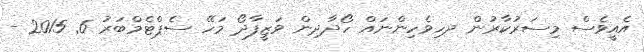
އެއީވެސް މިސަރުކާރުން ދހިވެހިންނައް ހޯދާދިން ވަޒީފާދޯ މަހޭ ސެޕްޓެމްބަރު 6